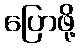
ပြောဖို့